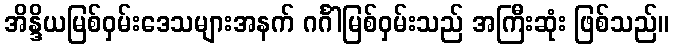
အိန္ဒိယမြစ်ဝှမ်းဒေသများအနက် ဂင်္ဂါမြစ်ဝှမ်းသည် အကြီးဆုံး ဖြစ်သည်။